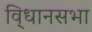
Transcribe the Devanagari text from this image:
वि्धानसभा